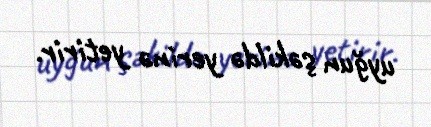
uyğun şəkildə yerinə yetirir.